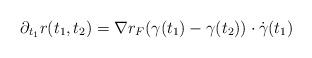
LaTeX: \begin{align*}\partial_{t_{1}}r(t_{1},t_{2}) = \nabla r_{F}(\gamma(t_{1})-\gamma(t_{2})) \cdot \dot{\gamma}(t_{1})\end{align*}